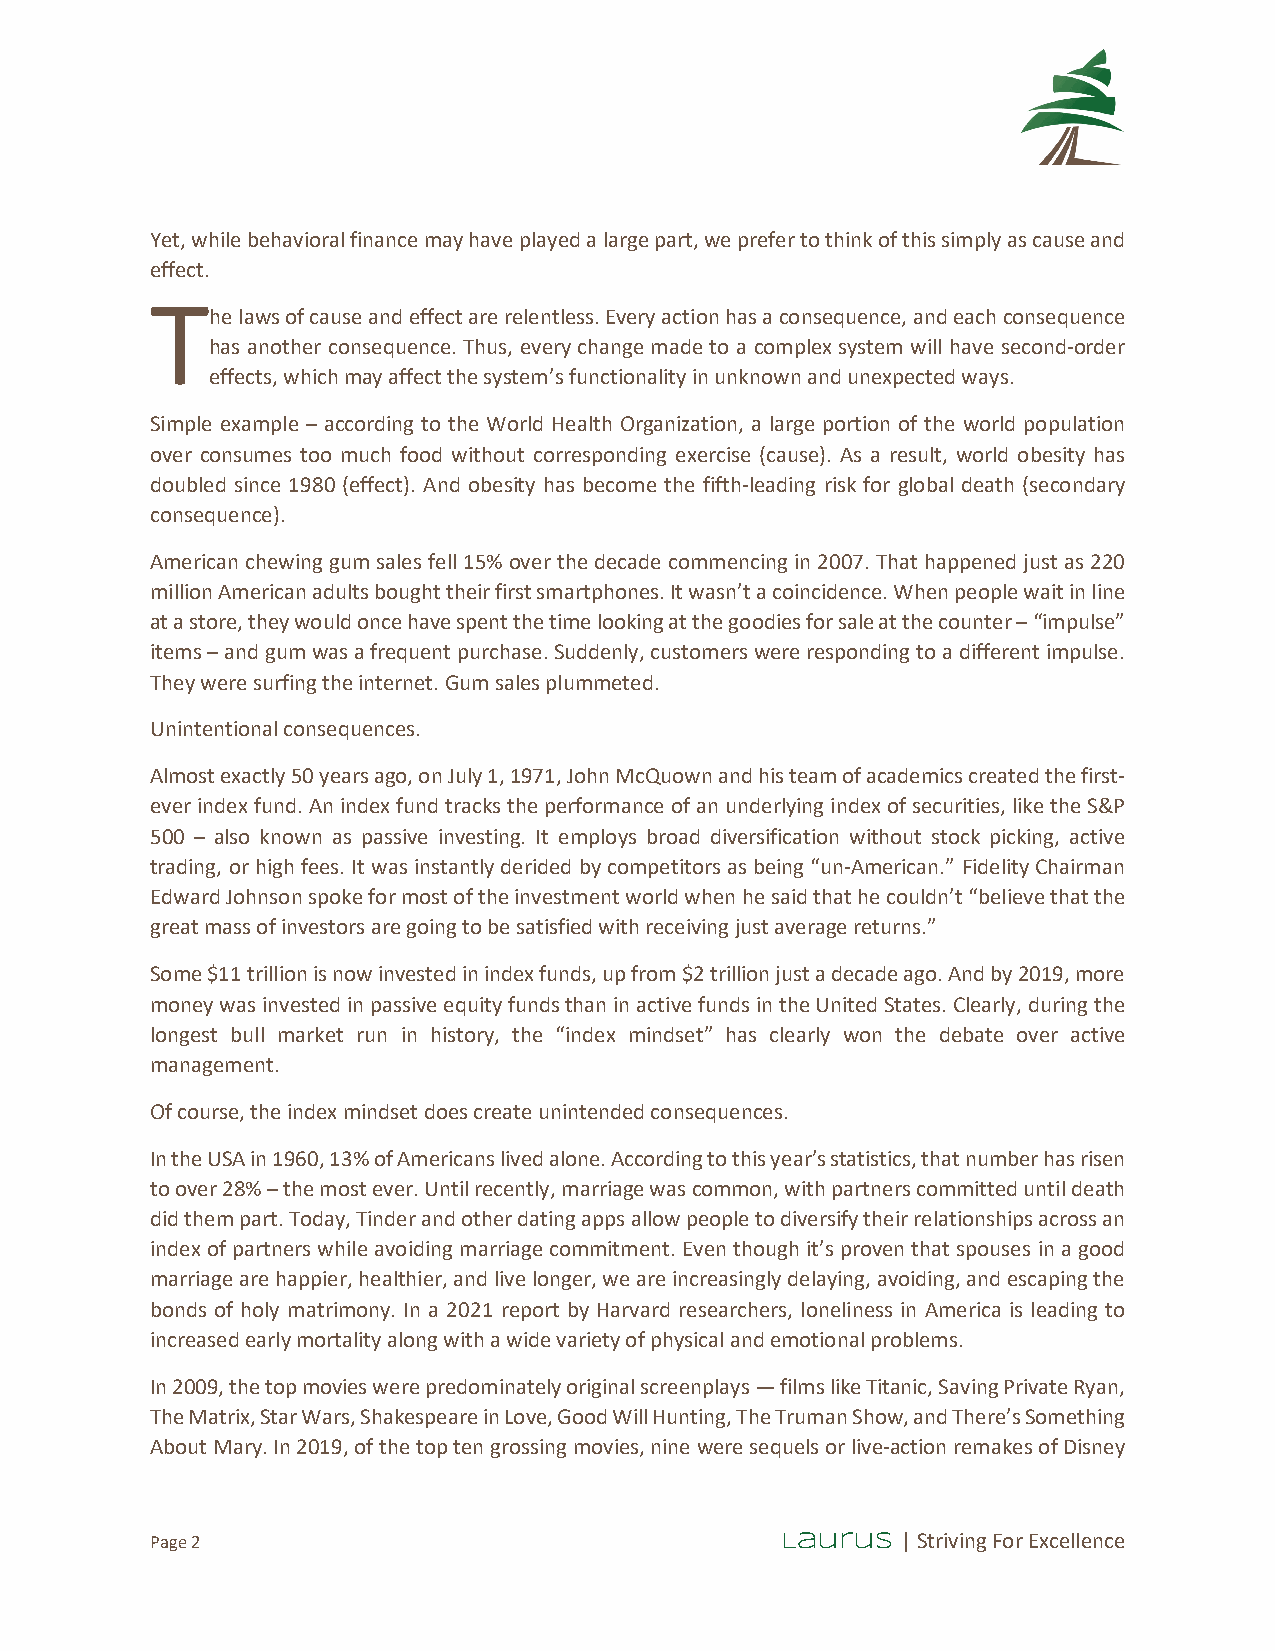
Yet, while behavioral finance may have played a large part, we prefer to think of this simply as cause and
 effect.
 T
 he laws of cause and effect are relentless. Every action has a consequence, and each consequence
 has another consequence. Thus, every change made to a complex system will have second-order
 effects, which may affect the system’s functionality in unknown and unexpected ways.
 Simple example – according to the World Health Organization, a large portion of the world population
 over consumes too much food without corresponding exercise (cause). As a result, world obesity has
 doubled since 1980 (effect). And obesity has become the fifth-leading risk for global death (secondary
 consequence).
 American chewing gum sales fell 15% over the decade commencing in 2007. That happened just as 220
 million American adults bought their first smartphones. It wasn’t a coincidence. When people wait in line
 at a store, they would once have spent the time looking at the goodies for sale at the counter – “impulse”
 items – and gum was a frequent purchase. Suddenly, customers were responding to a different impulse.
 They were surfing the internet. Gum sales plummeted.
 Unintentional consequences.
 Almost exactly 50 years ago, on July 1, 1971, John McQuown and his team of academics created the first-
 ever index fund. An index fund tracks the performance of an underlying index of securities, like the S&P
 500 – also known as passive investing. It employs broad diversification without stock picking, active
 trading, or high fees. It was instantly derided by competitors as being “un-American.” Fidelity Chairman
 Edward Johnson spoke for most of the investment world when he said that he couldn’t “believe that the
 great mass of investors are going to be satisfied with receiving just average returns.”
 Some $11 trillion is now invested in index funds, up from $2 trillion just a decade ago. And by 2019, more
 money was invested in passive equity funds than in active funds in the United States. Clearly, during the
 longest bull market run in history, the “index mindset” has clearly won the debate over active
 management.
 Of course, the index mindset does create unintended consequences.
 In the USA in 1960, 13% of Americans lived alone. According to this year’s statistics, that number has risen
 to over 28% – the most ever. Until recently, marriage was common, with partners committed until death
 did them part. Today, Tinder and other dating apps allow people to diversify their relationships across an
 index of partners while avoiding marriage commitment. Even though it’s proven that spouses in a good
 marriage are happier, healthier, and live longer, we are increasingly delaying, avoiding, and escaping the
 bonds of holy matrimony. In a 2021 report by Harvard researchers, loneliness in America is leading to
 increased early mortality along with a wide variety of physical and emotional problems.
 In 2009, the top movies were predominately original screenplays — films like Titanic, Saving Private Ryan,
 The Matrix, Star Wars, Shakespeare in Love, Good Will Hunting, The Truman Show, and There’s Something
 About Mary. In 2019, of the top ten grossing movies, nine were sequels or live-action remakes of Disney
 Page 2                                    Laurus  | Striving For Excellence